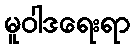
မူဝါဒရေးရာ